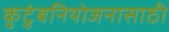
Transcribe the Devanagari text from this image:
कुटुंबनियोजनासाठी